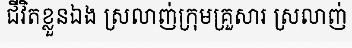
ជីវិតខ្លួនឯង ស្រលាញ់ក្រុមគ្រួសារ ស្រលាញ់